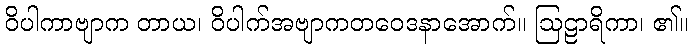
ဝိပါကာဗျာက တာယ၊ ဝိပါက်အဗျာကတဝေဒနာအောက်။ ဩဠာရိကာ၊ ၏။